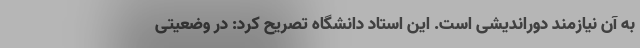
به آن نیازمند دوراندیشی است. این استاد دانشگاه تصریح کرد: در وضعیتی